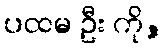
ပထမ ဦး ကို,